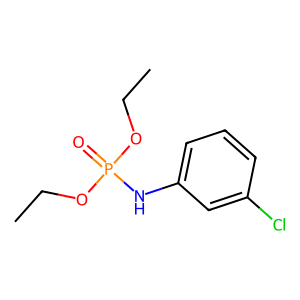
SMILES: CCOP(=O)(Nc1cccc(Cl)c1)OCC
Inhibits HIV replication: No